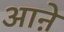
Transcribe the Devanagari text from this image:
आऩे